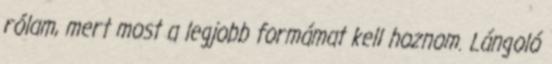
rólam, mert most a legjobb formámat kell hoznom. Lángoló